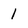
Character: 1